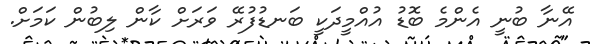
އޭނާ ބުނީ އެންމެ ބޮޑު އުއްމީދަކީ ބަނޑުފުރޭ ވަރަށް ކާން ލިބުން ކަމަށް.